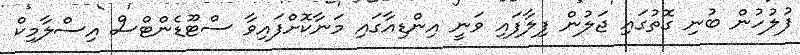
ފުލުހުން ބުނި ގޮތުގައި ޖަލުން ފިލާފައި ވަނީ އިންޑިއާގައި މަނާކޮށްފައިވާ ސްޓޫޑެންޓްސް އިސްލާމިކް